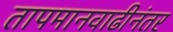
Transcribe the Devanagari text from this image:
तापमानवाढीनंतर